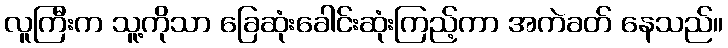
လူကြီးက သူ့ကိုသာ ခြေဆုံးခေါင်းဆုံးကြည့်ကာ အကဲခတ် နေသည်။